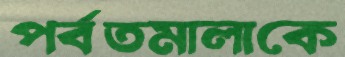
পর্বতমালাকে